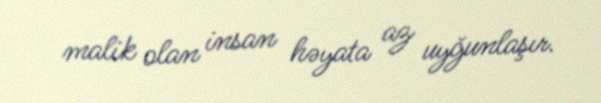
malik olan insan həyata az uyğunlaşır.